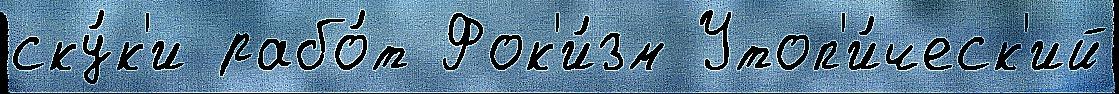
ску́к'и рабо́т Фок'и́зм Утоп'и́ческ'ий